Lunatic asylums Central Provinces reports 1910-1926 - 1910-1926
Year: 1910
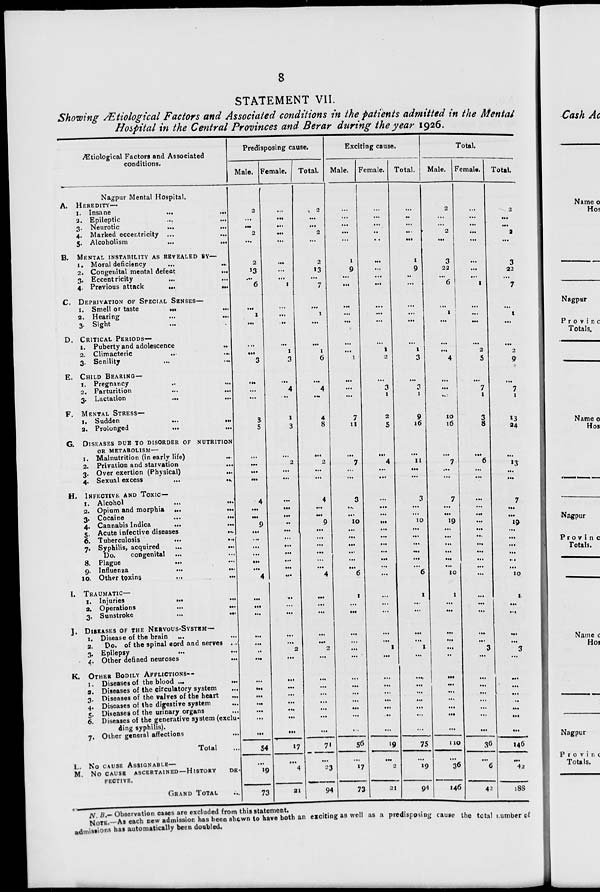
8
STATEMENT VII.
Showing Ætiological Factors and Associated conditions in the patients admitted in the Mental
Hospital in the Central Provinces and Berar during the year 1926.
Ætiological Factors and Associated
conditions.
A.
B.
C.
D.
E.
F.
G.
H.
I.
J.
K.
L.
M.
Nagpur Mental Hospital.
HEREDITY—
1. Insane ... ...
2. Epileptic ... ...
3. Neurotic ... ...
4. Marked eccentricity
...
...
5. Alcoholism
...
...
MENTAL INSTABILITY AS REVEALED BY—
1. Moral deficiency
...
...
2. Congenital mental defect
...
3. Eccentricity ... ...
4. Previous attack
...
...
DEPRIVATION OF SPECIAL SENSES—
1. Smell or taste ... ...
2. Hearing ... ...
3. Sight ... ...
CRITICAL PERIODS—
1. Puberty and adolescence ...
2. Climacteric ... ...
3. Senility
...
...
CHILD BEARING—
1. Pregnancy ... ...
2. Parturition
...
...
3. Lactation
...
...
MENTAL STRESS—
1. Sudden
...
...
2. Prolonged
...
...
DISEASES DUE TO DISORDER OF NUTRITION
OR METABOLISM—
1. Malnutrition (in early life)
...
2. Privation and starvation ...
3. Over exertion (Physical)
...
4. Sexual excess
...
...
INFECTION AND TOXIC—
1. Alcohol ... ...
2. Opium and morphia ...
...
3. Cocaine ... ...
4. Cannabis Indica
...
...
5. Acute infective diseases
...
6. Tuberculosis
...
...
7. Syphilis, acquired ... ...
Do.
congenital ... ...
8. Plague ... ...
9. Influenza
...
...
10. Other toxins
...
...
TRAUMATIC—
1. Injuries
...
...
2. Operations
...
...
3. Sunstroke
...
...
DISEASES OF THE NERVOUS-SYSTEM—
1. Disease of the brain ... ...
2.
Do. of the spinal cord and nerves ...
3. Epilepsy ... ...
4. Other defined neuroses ...
OTHER
BODILY
AFFILICTION–
1. Diseases of the blood ... ...
2. Diseases of the circulatory system ...
3. Diseases of the valves of the heart ...
4. Diseases of the digestive system ...
5. Diseases of the urinary organs ...
6. Diseases of the generative system (exclu-
ding syphilis).
7. Other general affections ...
Total ...
NO CAUSE ASSIGNABLE–
NO CAUSE ASCERTAINED—HISTORY DE-
FECTIVE.
GRAND TOTAL ...
Predisposing cause.
Male.
2
...
...
2
...
2
13
...
6
...
1
...
...
...
3
...
...
...
3
5
...
...
...
...
4
...
...
9
...
...
...
...
...
...
4
...
...
...
...
...
...
...
...
...
...
...
...
...
...
54
...
19
73
Female.
...
...
...
...
...
...
...
...
1
...
...
...
...
1
3
...
4
...
1
3
...
2
...
...
...
...
...
...
...
...
...
...
...
...
...
...
...
...
...
...
2
...
...
...
...
...
...
...
...
17
...
4
21
Total.
2
...
...
2
...
2
13
...
7
...
1
...
...
1
6
...
4
...
4
8
...
2
...
...
4
...
..
9
...
...
...
...
...
...
4
...
...
...
...
...
2
...
...
...
...
...
...
...
...
71
...
23
94
Exciting cause.
Male.
...
...
...
...
...
1
9
...
...
...
...
...
...
...
1
...
...
...
7
11
...
7
...
...
3
...
...
10
...
...
...
...
...
...
6
1
...
...
...
...
...
...
...
...
...
...
...
...
...
56
...
17
73
Female.
...
...
...
...
...
...
...
...
...
...
...
...
...
1
2
...
3
1
2
5
...
4
...
...
...
...
...
...
...
...
...
...
...
...
...
...
...
...
...
...
1
...
...
...
...
...
...
...
...
19
...
2
21
Total.
...
..
...
...
...
1
9
...
...
...
...
...
...
1
3
...
3
1
9
16
...
11
...
...
3
...
...
10
...
...
...
...
...
...
6
1
...
...
...
...
1
...
...
...
...
...
...
...
...
75
...
19
94
Total.
Male.
2
...
...
2
...
3
22
...
6
...
1
...
...
...
4
...
...
...
10
16
...
7
...
...
7
...
...
19
...
...
...
...
...
...
10
1
...
...
...
...
...
...
...
...
...
...
...
...
...
110
...
36
146
Female.
...
...
...
...
...
...
...
...
1
...
...
...
...
2
5
...
7
1
3
8
...
6
...
...
...
...
...
...
...
...
...
...
...
...
...
...
...
...
...
...
3
...
...
...
...
...
...
...
...
36
...
6
42
Total.
2
...
...
2
...
3
22
...
7
...
1
...
...
2
9
...
7
1
13
24
...
13
...
...
7
...
...
19 ...
...
...
...
...
...
10
1
...
...
...
...
3
...
...
...
...
..
...
...
...
146
...
42
188
N.B.— Observation cases are excluded from this statement.
NOTE.—As each new admission has been shown to have both an exciting as well as a predisposing cause the total number of
admissions has automatically been doubled.